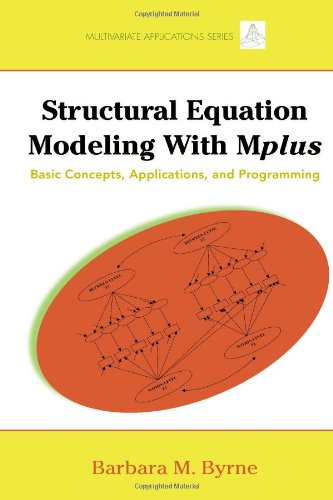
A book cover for Structural Equation Modeling with Mplus: Basic Concepts, Applications, and Programming (Multivariate Applications Series); Barbara M. Byrne; Medical Books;